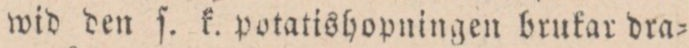
wid den ſ. k. potatishopningen brukar dra=